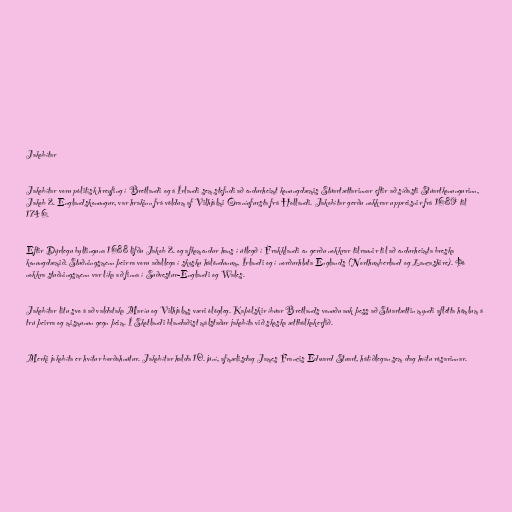
Jakobítar

Jakobítar voru pólitísk hreyfing í Bretlandi og á Írlandi sem stefndi að endurheimt konungdæmis Stúartættarinnar eftir að síðasti Stúartkonungurinn,
Jakob 2. Englandskonungur, var hrakinn frá völdum af Vilhjálmi Óraníufursta frá Hollandi. Jakobítar gerðu nokkrar uppreisnir frá 1689 til
1746.

Eftir Dýrlegu byltinguna 1688 lifðu Jakob 2. og afkomendur hans í útlegð í Frakklandi en gerðu nokkrar tilraunir til að endurheimta breska
konungdæmið. Stuðningsmenn þeirra voru aðallega í skosku hálöndunum, Írlandi og í norðurhluta Englands (Northumberland og Lancashire). Þó
nokkra stuðningsmenn var líka að finna í Suðvestur-Englandi og Wales.

Jakobítar litu svo á að valdataka Maríu og Vilhjálms væri ólögleg. Kaþólskir íbúar Bretlands vonuðu auk þess að Stúartættin myndi aflétta hömlum á
trú þeirra og mismunun gegn þeim. Í Skotlandi blandaðist málstaður jakobíta við skoska ættbálkakerfið.

Merki jakobíta er hvítur borðahnútur. Jakobítar halda 10. júní, afmælisdag James Francis Edward Stuart, hátíðlegan sem dag hvítu rósarinnar.